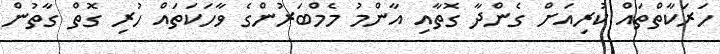
ހަރަކާތްތައް ކުރިއަށް ގެންދާ ގޮތާއި އާންމު މެމްބަރުންގެ ވާހަކަތައް ހުރި ގޮތް ގާތުން